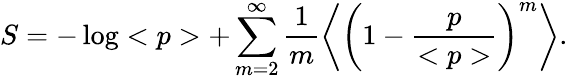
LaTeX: S=-\log<p>+\sum_{m=2}^{\infty}\frac{1}{m}\left<\left(1-\frac{p}{<p>}\right)^{m}\right>.